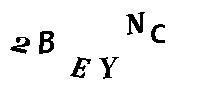
2BEYNC